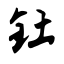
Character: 钍